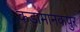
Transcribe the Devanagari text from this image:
कड़ामानकपुर